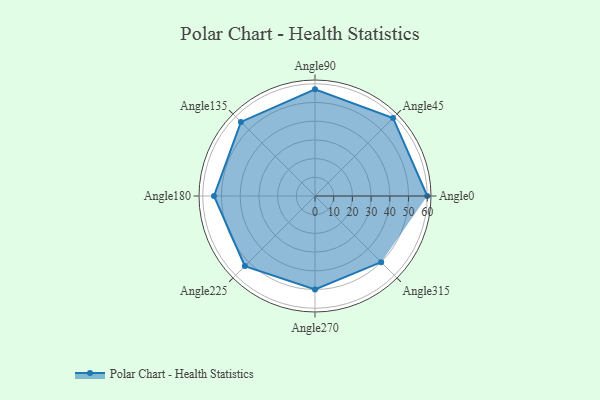
{"axis": {"x": "Angle", "y": "Radius"}, "legend": [""], "data": [{"x": "Angle0", "y": 60.0, "type": ""}, {"x": "Angle45", "y": 59.0, "type": ""}, {"x": "Angle90", "y": 57.0, "type": ""}, {"x": "Angle135", "y": 56.0, "type": ""}, {"x": "Angle180", "y": 54.0, "type": ""}, {"x": "Angle225", "y": 53.0, "type": ""}, {"x": "Angle270", "y": 50, "type": ""}, {"x": "Angle315", "y": 50, "type": ""}]}